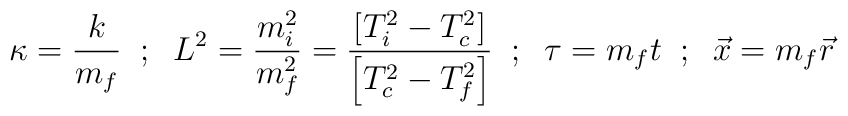
\kappa = \frac{k}{m_f}  \; \; ; \; \;  L^2 = \frac{m_i^2}{m_f^2}=\frac{\left[T^2_i-T^2_c\right]}{\left[T^2_c-T^2_f\right]}\; \; ; \; \; \tau = m_f t  \; \; ; \; \;  \vec{x} = m_f \vec{r}